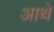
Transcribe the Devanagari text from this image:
आथे